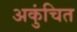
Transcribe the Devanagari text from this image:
अकुंचित